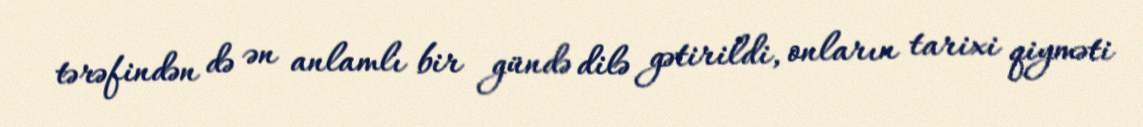
tərəfindən də ən anlamlı bir gündə dilə gətirildi, onların tarixi qiyməti